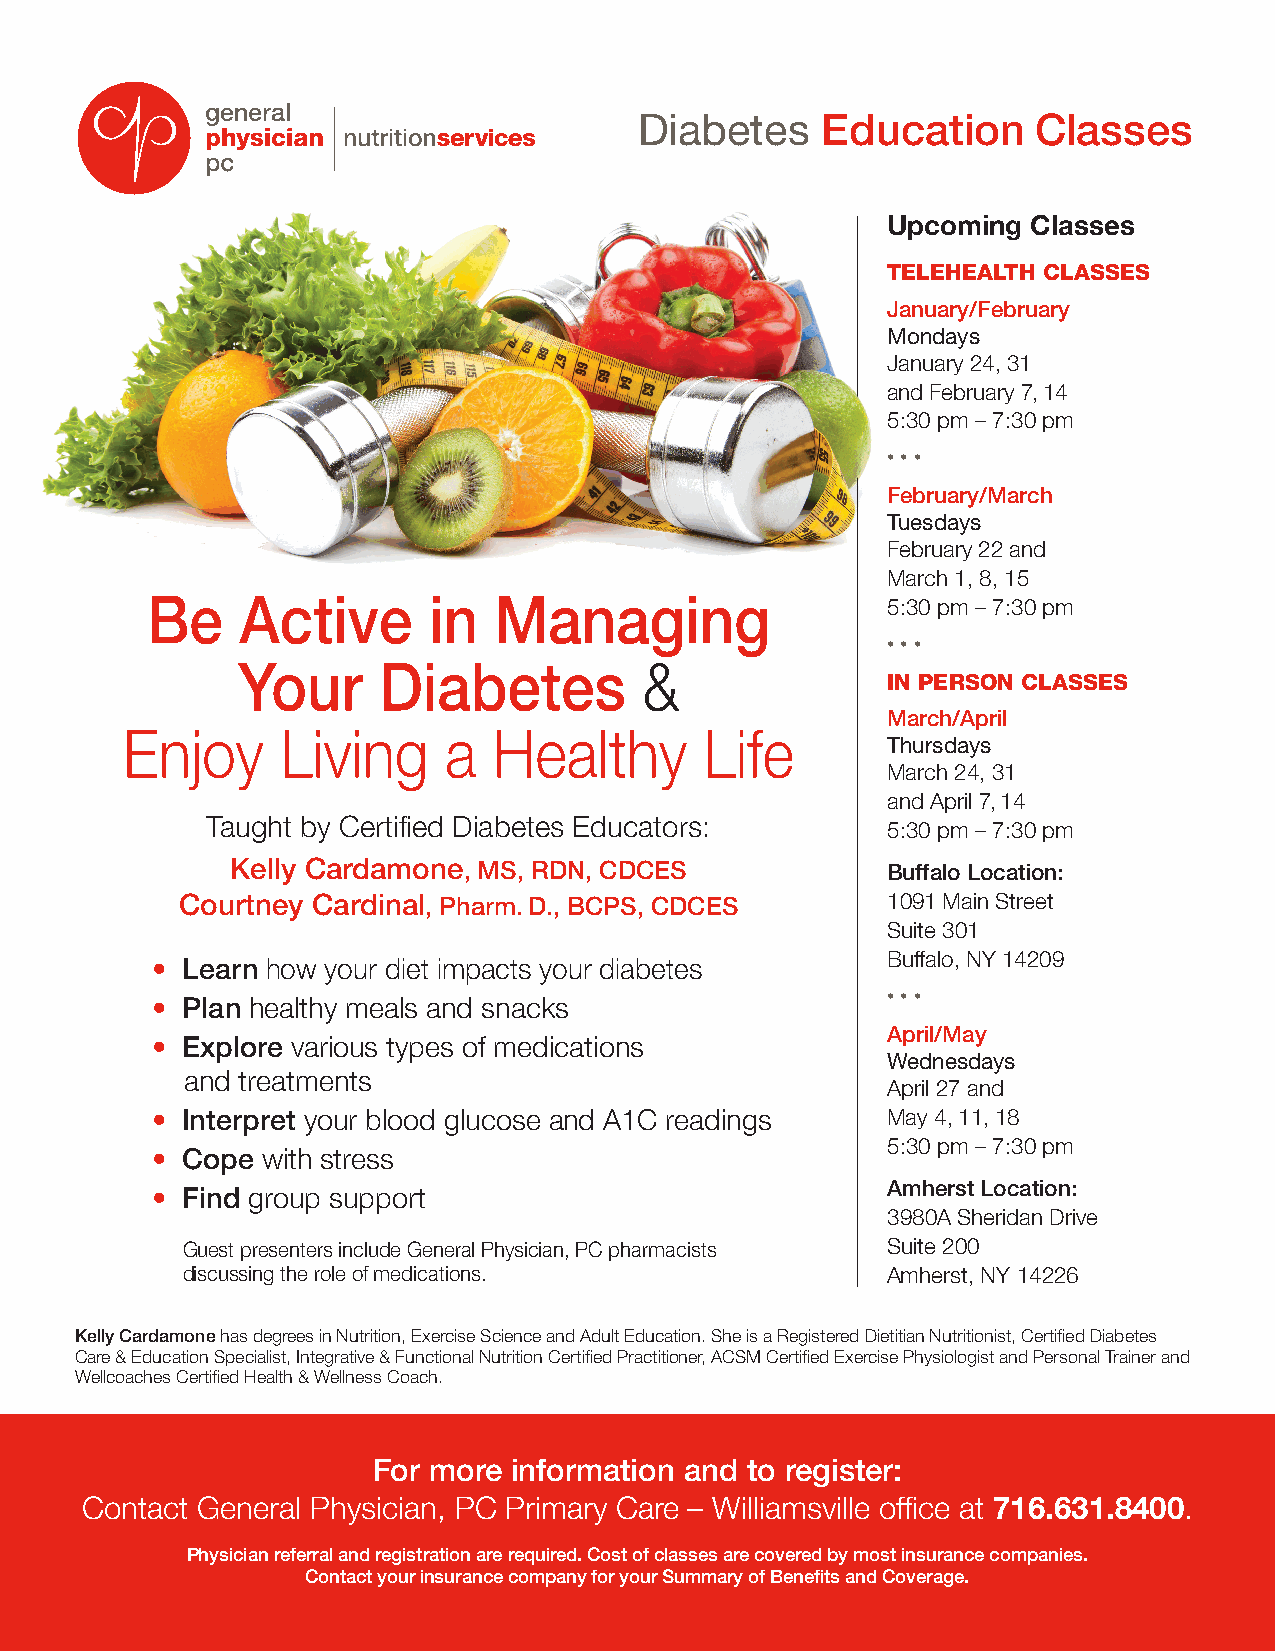
Diabetes    Education      Classes
 Upcoming Classes
 TELEHEALTH CLASSES
 January/February
 Mondays
 January 24, 31
 and February 7, 14
 5:30 pm – 7:30 pm
 • • •
 February/March
 Tuesdays
 February 22 and
 March 1, 8, 15
 Be    Active      in   Managing                  5:30 pm – 7:30 pm
 • • •
 Your     Diabetes          &
 IN PERSON CLASSES
 March/April
 Enjoy      Living    a   Healthy       Life
 Thursdays
 March 24, 31
 and April 7, 14
 Taught by Certified Diabetes Educators:
 5:30 pm – 7:30 pm
 Kelly Cardamone, MS, RDN, CDCES             Buffalo Location:
 Courtney Cardinal, Pharm. D., BCPS, CDCES      1091 Main Street
 Suite 301
 Buffalo, NY 14209
 •• LLeeaarrnn hhooww yyoouurr ddiieett iimmppaaccttss yyoouurr ddiiaabbeetteess
 •• PPllaann hheeaalltthhyy mmeeaallss aanndd ssnnaacckkss • • •
 April/May
 •• EExxpplloorree vvaarriioouuss ttyyppeess ooff mmeeddiiccaattiioonnss
 Wednesdays
 aanndd ttrreeaattmmeennttss
 April 27 and
 •• IInntteerrpprreett yyoouurr bblloooodd gglluuccoossee aanndd AA11CC rreeaaddiinnggss May 4, 11, 18
 5:30 pm – 7:30 pm
 •• CCooppee wwiitthh ssttrreessss
 Amherst Location:
 •• FFiinndd ggrroouupp ssuuppppoorrtt
 3980A Sheridan Drive
 Guest presenters include General Physician, PC pharmacists Suite 200
 discussing the role of medications.            Amherst, NY 14226
 Kelly Cardamone has degrees in Nutrition, Exercise Science and Adult Education. She is a Registered Dietitian Nutritionist, Certified Diabetes
 Care & Education Specialist, Integrative & Functional Nutrition Certified Practitioner, ACSM Certified Exercise Physiologist and Personal Trainer and
 Wellcoaches Certified Health & Wellness Coach.
 For more information and to register:
 Contact General Physician, PC Primary Care – Williamsville office at 716.631.8400.
 Physician referral and registration are required. Cost of classes are covered by most insurance companies.
 Contact your insurance company for your Summary of Benefits and Coverage.